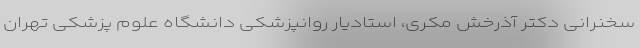
سخنرانی دکتر آذرخش مکری، استادیار روانپزشکی دانشگاه علوم پزشکی تهران